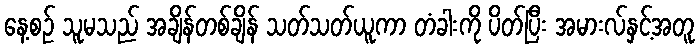
နေ့စဉ် သူမသည် အချိန်တစ်ချိန် သတ်သတ်ယူကာ တံခါးကို ပိတ်ပြီး အမားလ်နှင့်အတူ